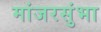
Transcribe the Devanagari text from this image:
मांजरसुंभा